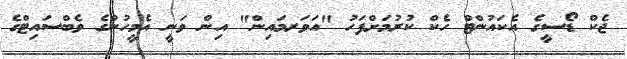
ޖެކް ޑޯސީގެ އެކައުންޓް ހެކް ކުރުމަށްފަހު "އަވަރމައިން" އިން ވަނީ އެމީހުންގެ ވެބްސައިޓްގެ